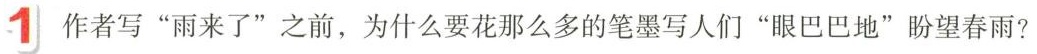
1 作者写”雨来了”之前，为什么要花那么多的笔墨写人们”眼巴巴地”盼望春雨?